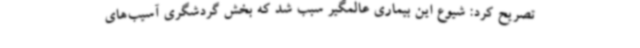
تصریح کرد: شیوع این بیماری عالمگیر سبب شد که بخش گردشگری آسیب‌های